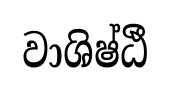
වාශිෂ්ඨී